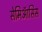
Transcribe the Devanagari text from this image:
सेमिऑसिस